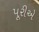
પૂરીએ